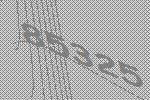
85325